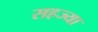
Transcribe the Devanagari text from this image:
सहज्या